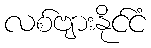
လစ်ဗျားနိုင်ငံ